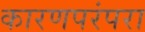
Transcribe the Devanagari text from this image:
कारणपरंपरा